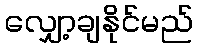
လျှော့ချနိုင်မည်